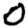
Digit: 0